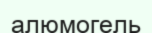
алюмогель